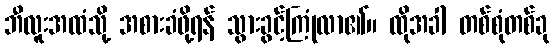
ဘီလူးအထံသို့ အစားခံဖို့ရန် သွားခွင့်ကြုံလာ၏။ ထိုအခါ တစ်စုံတစ်ခု